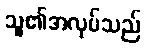
သူ၏အလုပ်သည်